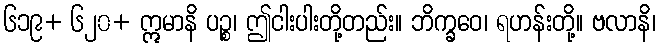
၆၁၉+ ၆၂၀+ ဣမာနိ ပဉ္စ၊ ဤငါးပါးတို့တည်း။ ဘိက္ခဝေ၊ ရဟန်းတို့။ ဗလာနိ၊